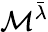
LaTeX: \mathcal{M}^{\bar{\lambda}}